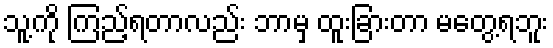
သူ့ကို ကြည့်ရတာလည်း ဘာမှ ထူးခြားတာ မတွေ့ရဘူး